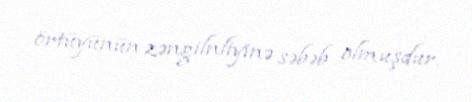
örtüyünün zəngilnliyinə səbəb olmuşdur.